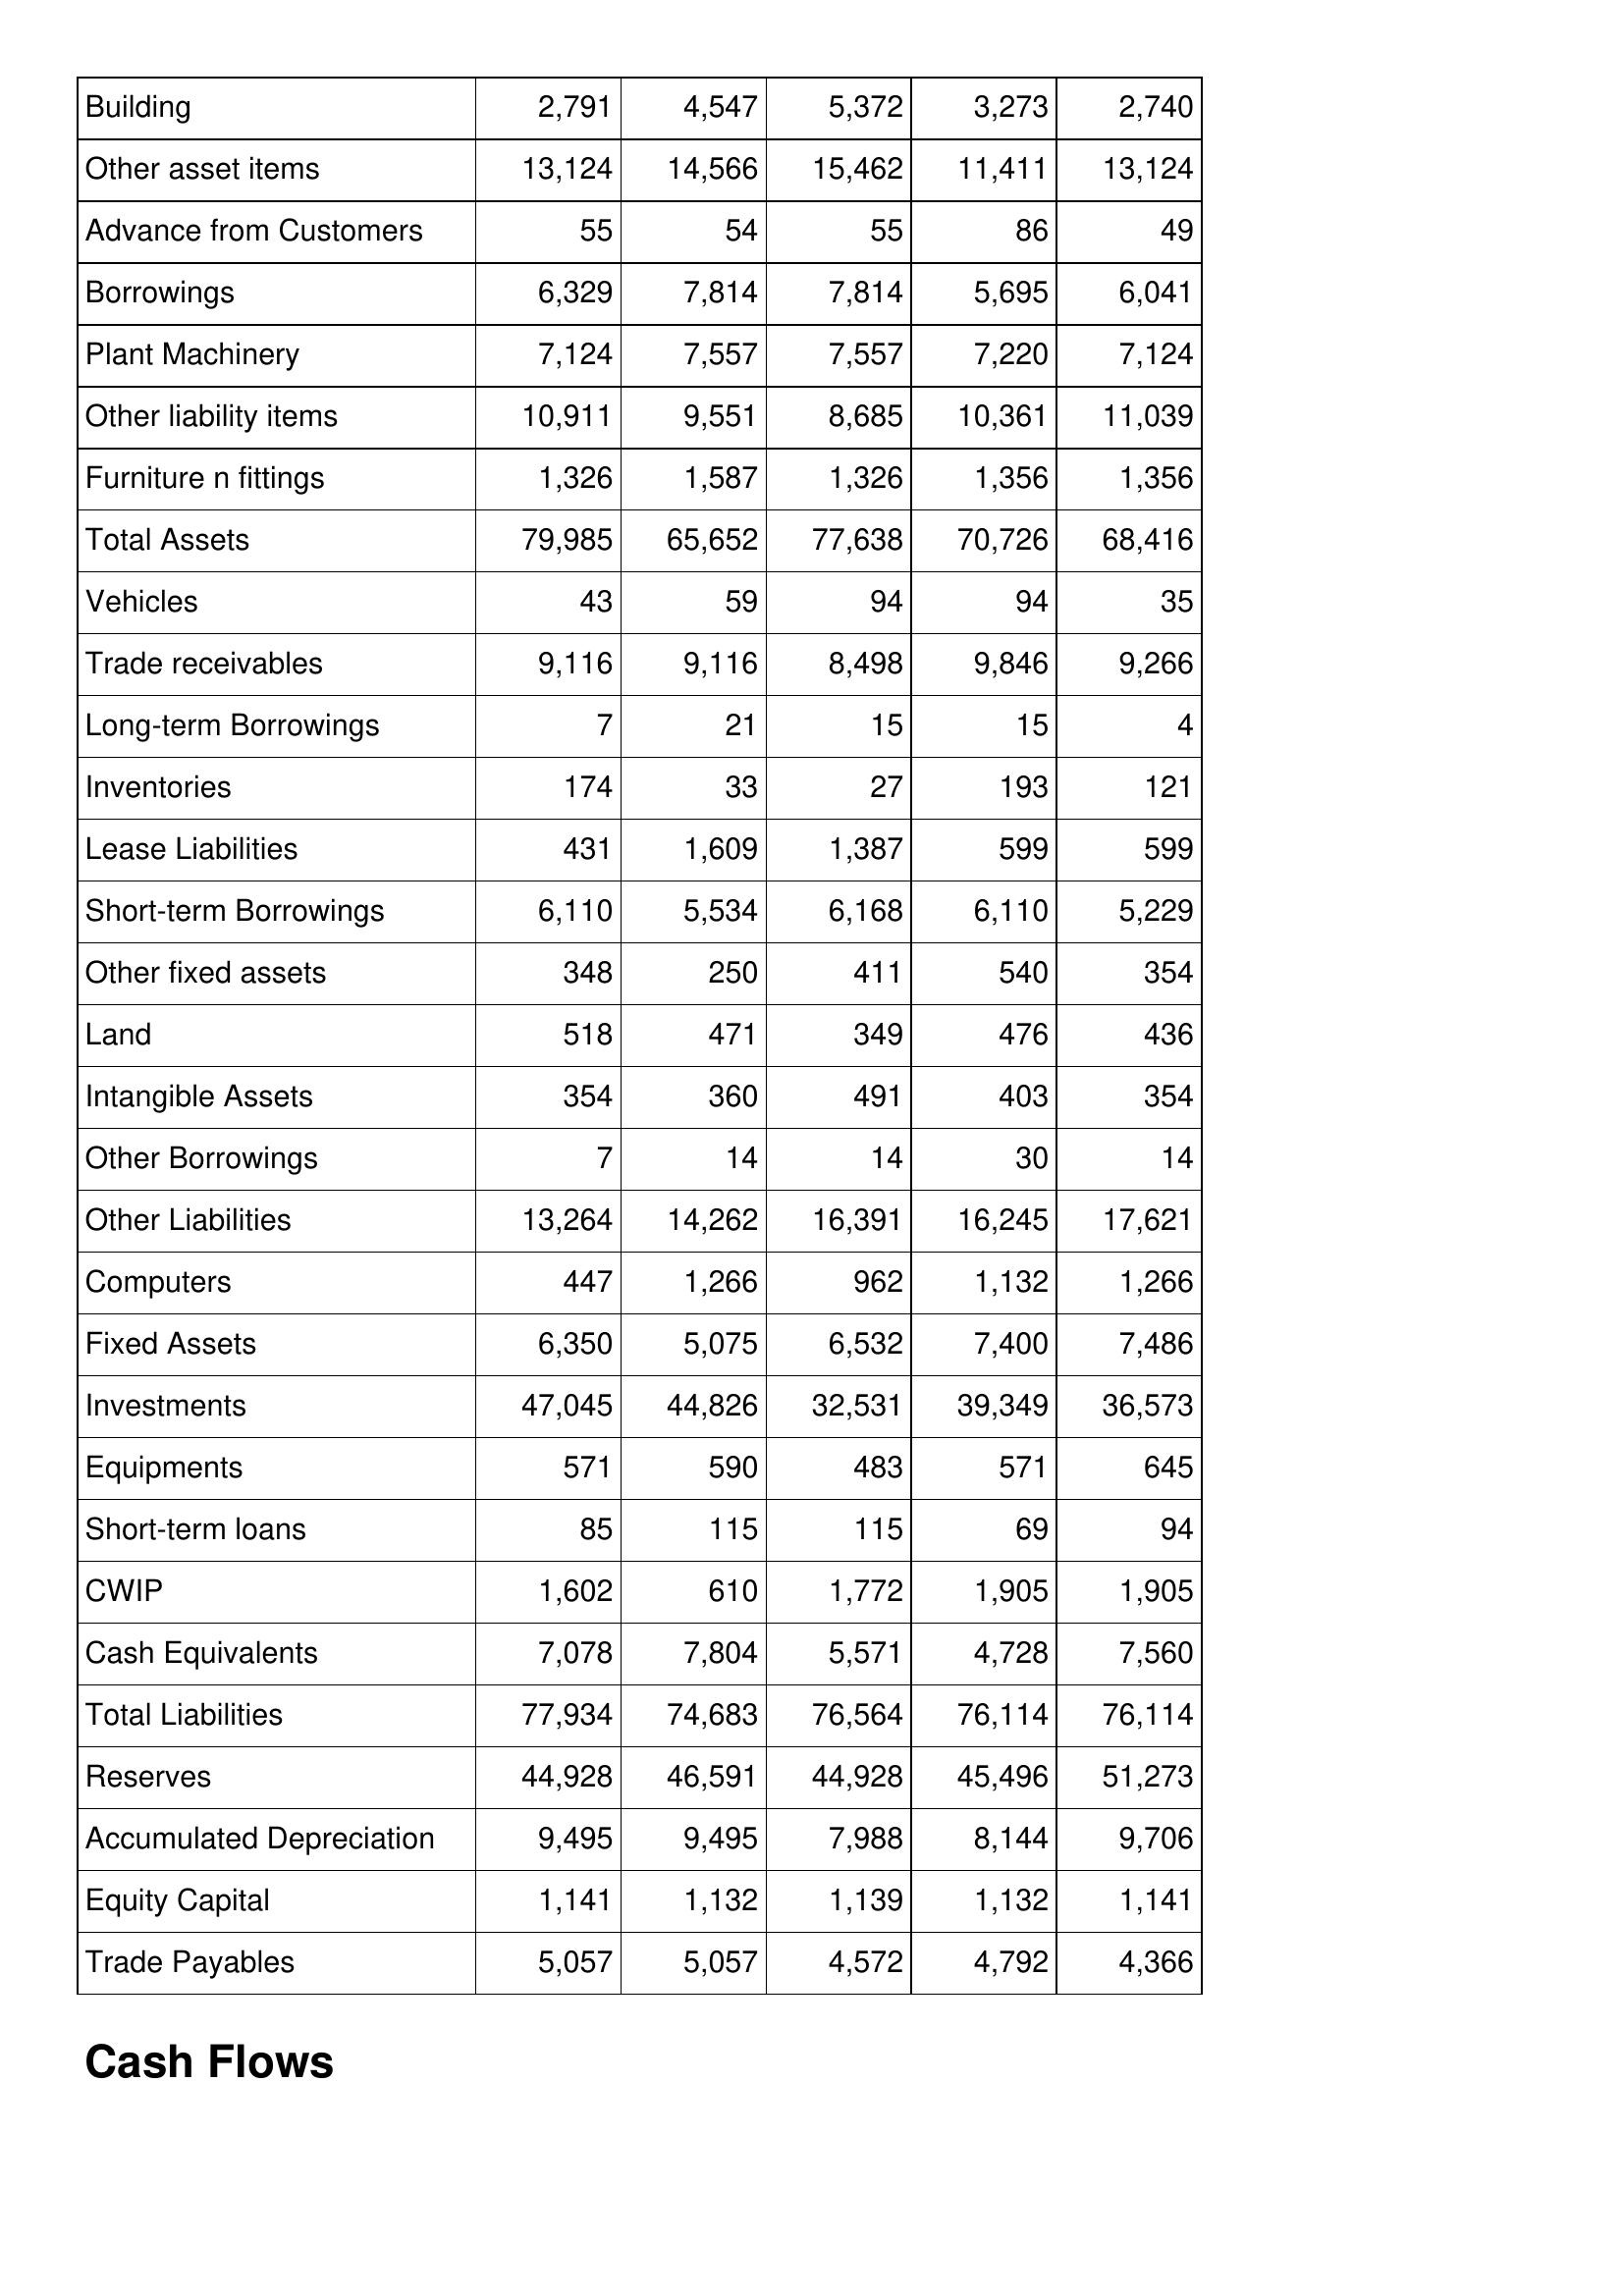
Oct-16: Balance Sheet: Building: 2,791
Other asset items: 13,124
Advance from Customers: 55
Borrowings: 6,329
Plant Machinery: 7,124
Other liability items: 10,911
Furniture n fittings: 1,326
Total Assets: 79,985
Vehicles: 43
Trade receivables: 9,116
Long-term Borrowings: 7
Inventories: 174
Lease Liabilities: 431
Short-term Borrowings: 6,110
Other fixed assets: 348
Land: 518
Intangible Assets: 354
Other Borrowings: 7
Other Liabilities: 13,264
Computers: 447
Fixed Assets: 6,350
Investments: 47,045
Equipments: 571
Short-term loans: 85
CWIP: 1,602
Cash Equivalents: 7,078
Total Liabilities: 77,934
Reserves: 44,928
Accumulated Depreciation: 9,495
Equity Capital: 1,141
Trade Payables: 5,057
Oct-15: Balance Sheet: Building: 4,547
Other asset items: 14,566
Advance from Customers: 54
Borrowings: 7,814
Plant Machinery: 7,557
Other liability items: 9,551
Furniture n fittings: 1,587
Total Assets: 65,652
Vehicles: 59
Trade receivables: 9,116
Long-term Borrowings: 21
Inventories: 33
Lease Liabilities: 1,609
Short-term Borrowings: 5,534
Other fixed assets: 250
Land: 471
Intangible Assets: 360
Other Borrowings: 14
Other Liabilities: 14,262
Computers: 1,266
Fixed Assets: 5,075
Investments: 44,826
Equipments: 590
Short-term loans: 115
CWIP: 610
Cash Equivalents: 7,804
Total Liabilities: 74,683
Reserves: 46,591
Accumulated Depreciation: 9,495
Equity Capital: 1,132
Trade Payables: 5,057
Oct-14: Balance Sheet: Building: 5,372
Other asset items: 15,462
Advance from Customers: 55
Borrowings: 7,814
Plant Machinery: 7,557
Other liability items: 8,685
Furniture n fittings: 1,326
Total Assets: 77,638
Vehicles: 94
Trade receivables: 8,498
Long-term Borrowings: 15
Inventories: 27
Lease Liabilities: 1,387
Short-term Borrowings: 6,168
Other fixed assets: 411
Land: 349
Intangible Assets: 491
Other Borrowings: 14
Other Liabilities: 16,391
Computers: 962
Fixed Assets: 6,532
Investments: 32,531
Equipments: 483
Short-term loans: 115
CWIP: 1,772
Cash Equivalents: 5,571
Total Liabilities: 76,564
Reserves: 44,928
Accumulated Depreciation: 7,988
Equity Capital: 1,139
Trade Payables: 4,572
Oct-13: Balance Sheet: Building: 3,273
Other asset items: 11,411
Advance from Customers: 86
Borrowings: 5,695
Plant Machinery: 7,220
Other liability items: 10,361
Furniture n fittings: 1,356
Total Assets: 70,726
Vehicles: 94
Trade receivables: 9,846
Long-term Borrowings: 15
Inventories: 193
Lease Liabilities: 599
Short-term Borrowings: 6,110
Other fixed assets: 540
Land: 476
Intangible Assets: 403
Other Borrowings: 30
Other Liabilities: 16,245
Computers: 1,132
Fixed Assets: 7,400
Investments: 39,349
Equipments: 571
Short-term loans: 69
CWIP: 1,905
Cash Equivalents: 4,728
Total Liabilities: 76,114
Reserves: 45,496
Accumulated Depreciation: 8,144
Equity Capital: 1,132
Trade Payables: 4,792
Oct-12: Balance Sheet: Building: 2,740
Other asset items: 13,124
Advance from Customers: 49
Borrowings: 6,041
Plant Machinery: 7,124
Other liability items: 11,039
Furniture n fittings: 1,356
Total Assets: 68,416
Vehicles: 35
Trade receivables: 9,266
Long-term Borrowings: 4
Inventories: 121
Lease Liabilities: 599
Short-term Borrowings: 5,229
Other fixed assets: 354
Land: 436
Intangible Assets: 354
Other Borrowings: 14
Other Liabilities: 17,621
Computers: 1,266
Fixed Assets: 7,486
Investments: 36,573
Equipments: 645
Short-term loans: 94
CWIP: 1,905
Cash Equivalents: 7,560
Total Liabilities: 76,114
Reserves: 51,273
Accumulated Depreciation: 9,706
Equity Capital: 1,141
Trade Payables: 4,366